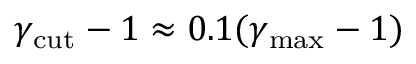
\gamma _ { \mathrm { c u t } } - 1 \approx 0 . 1 ( \gamma _ { \mathrm { m a x } } - 1 )